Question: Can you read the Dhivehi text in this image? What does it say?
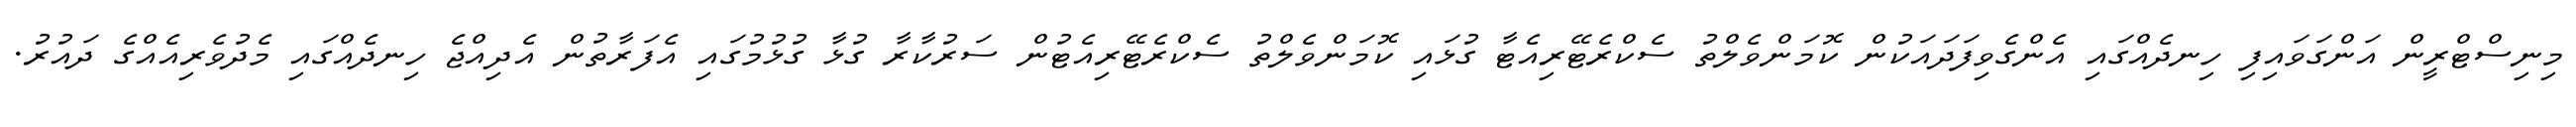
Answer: މިނިސްޓްރީން އަންގަވައިފި ހިނދެއްގައި އެންގެވިފަދައަކުން ކޮމަންވެލްތު ސެކްރެޓޭރިއެޓާ ގުޅައި ކޮމަންވެލްތު ސެކްރެޓޭރިއެޓުން ސަރުކާރާ ގުޅާ ގުޅުމުގައި އެފަރާތުން އެދިއްޖެ ހިނދެއްގައި މެދުވެރިއެއްގެ ދައުރު.